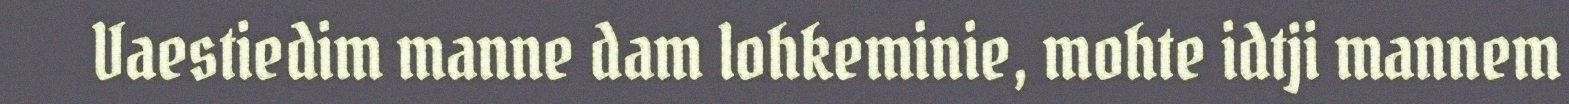
Vaestiedim manne dam lohkeminie, mohte idtji mannem